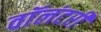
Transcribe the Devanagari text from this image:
वाॅलंटरी